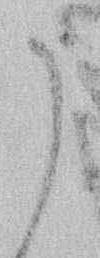
う